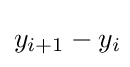
y_{i+1}-y_{i}\!